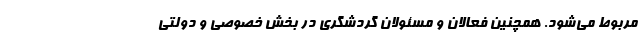
مربوط می‌شود. همچنین فعالان و مسئولان گردشگری در بخش خصوصی و دولتی